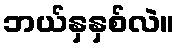
ဘယ်နှနှစ်လဲ။